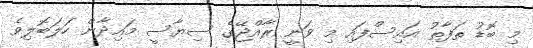
މި ބޮޑު ތަފާތު އައިސްފައި މި ވަނީ ރާއްޖޭގެ ސިޔާސީ މައިދާން ހަލަބޮލިވެ